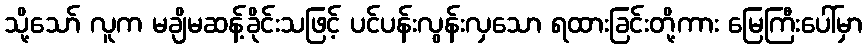
သို့သော် လူက မချိမဆန့်ခိုင်းသဖြင့် ပင်ပန်းလွန်းလှသော ရထားခြင်းတို့ကား မြေကြီးပေါ်မှာ